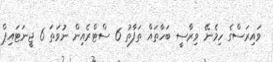
ވައިރަސްގެ ހިމެނޭ ވިރާސީ ބަހާތައް ތަފާތު 6 ސްޓްރެއިން ނުވަތަ 6 ޖީނަޓައިޕް